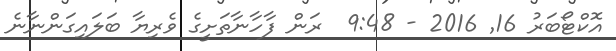
އޮކްޓޯބަރު 16